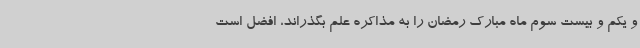
و یکم و بیست سوم ماه مبارک رمضان را به مذاکره علم بگذراند، افضل است